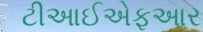
ટીઆઈએફઆર